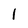
Character: 1